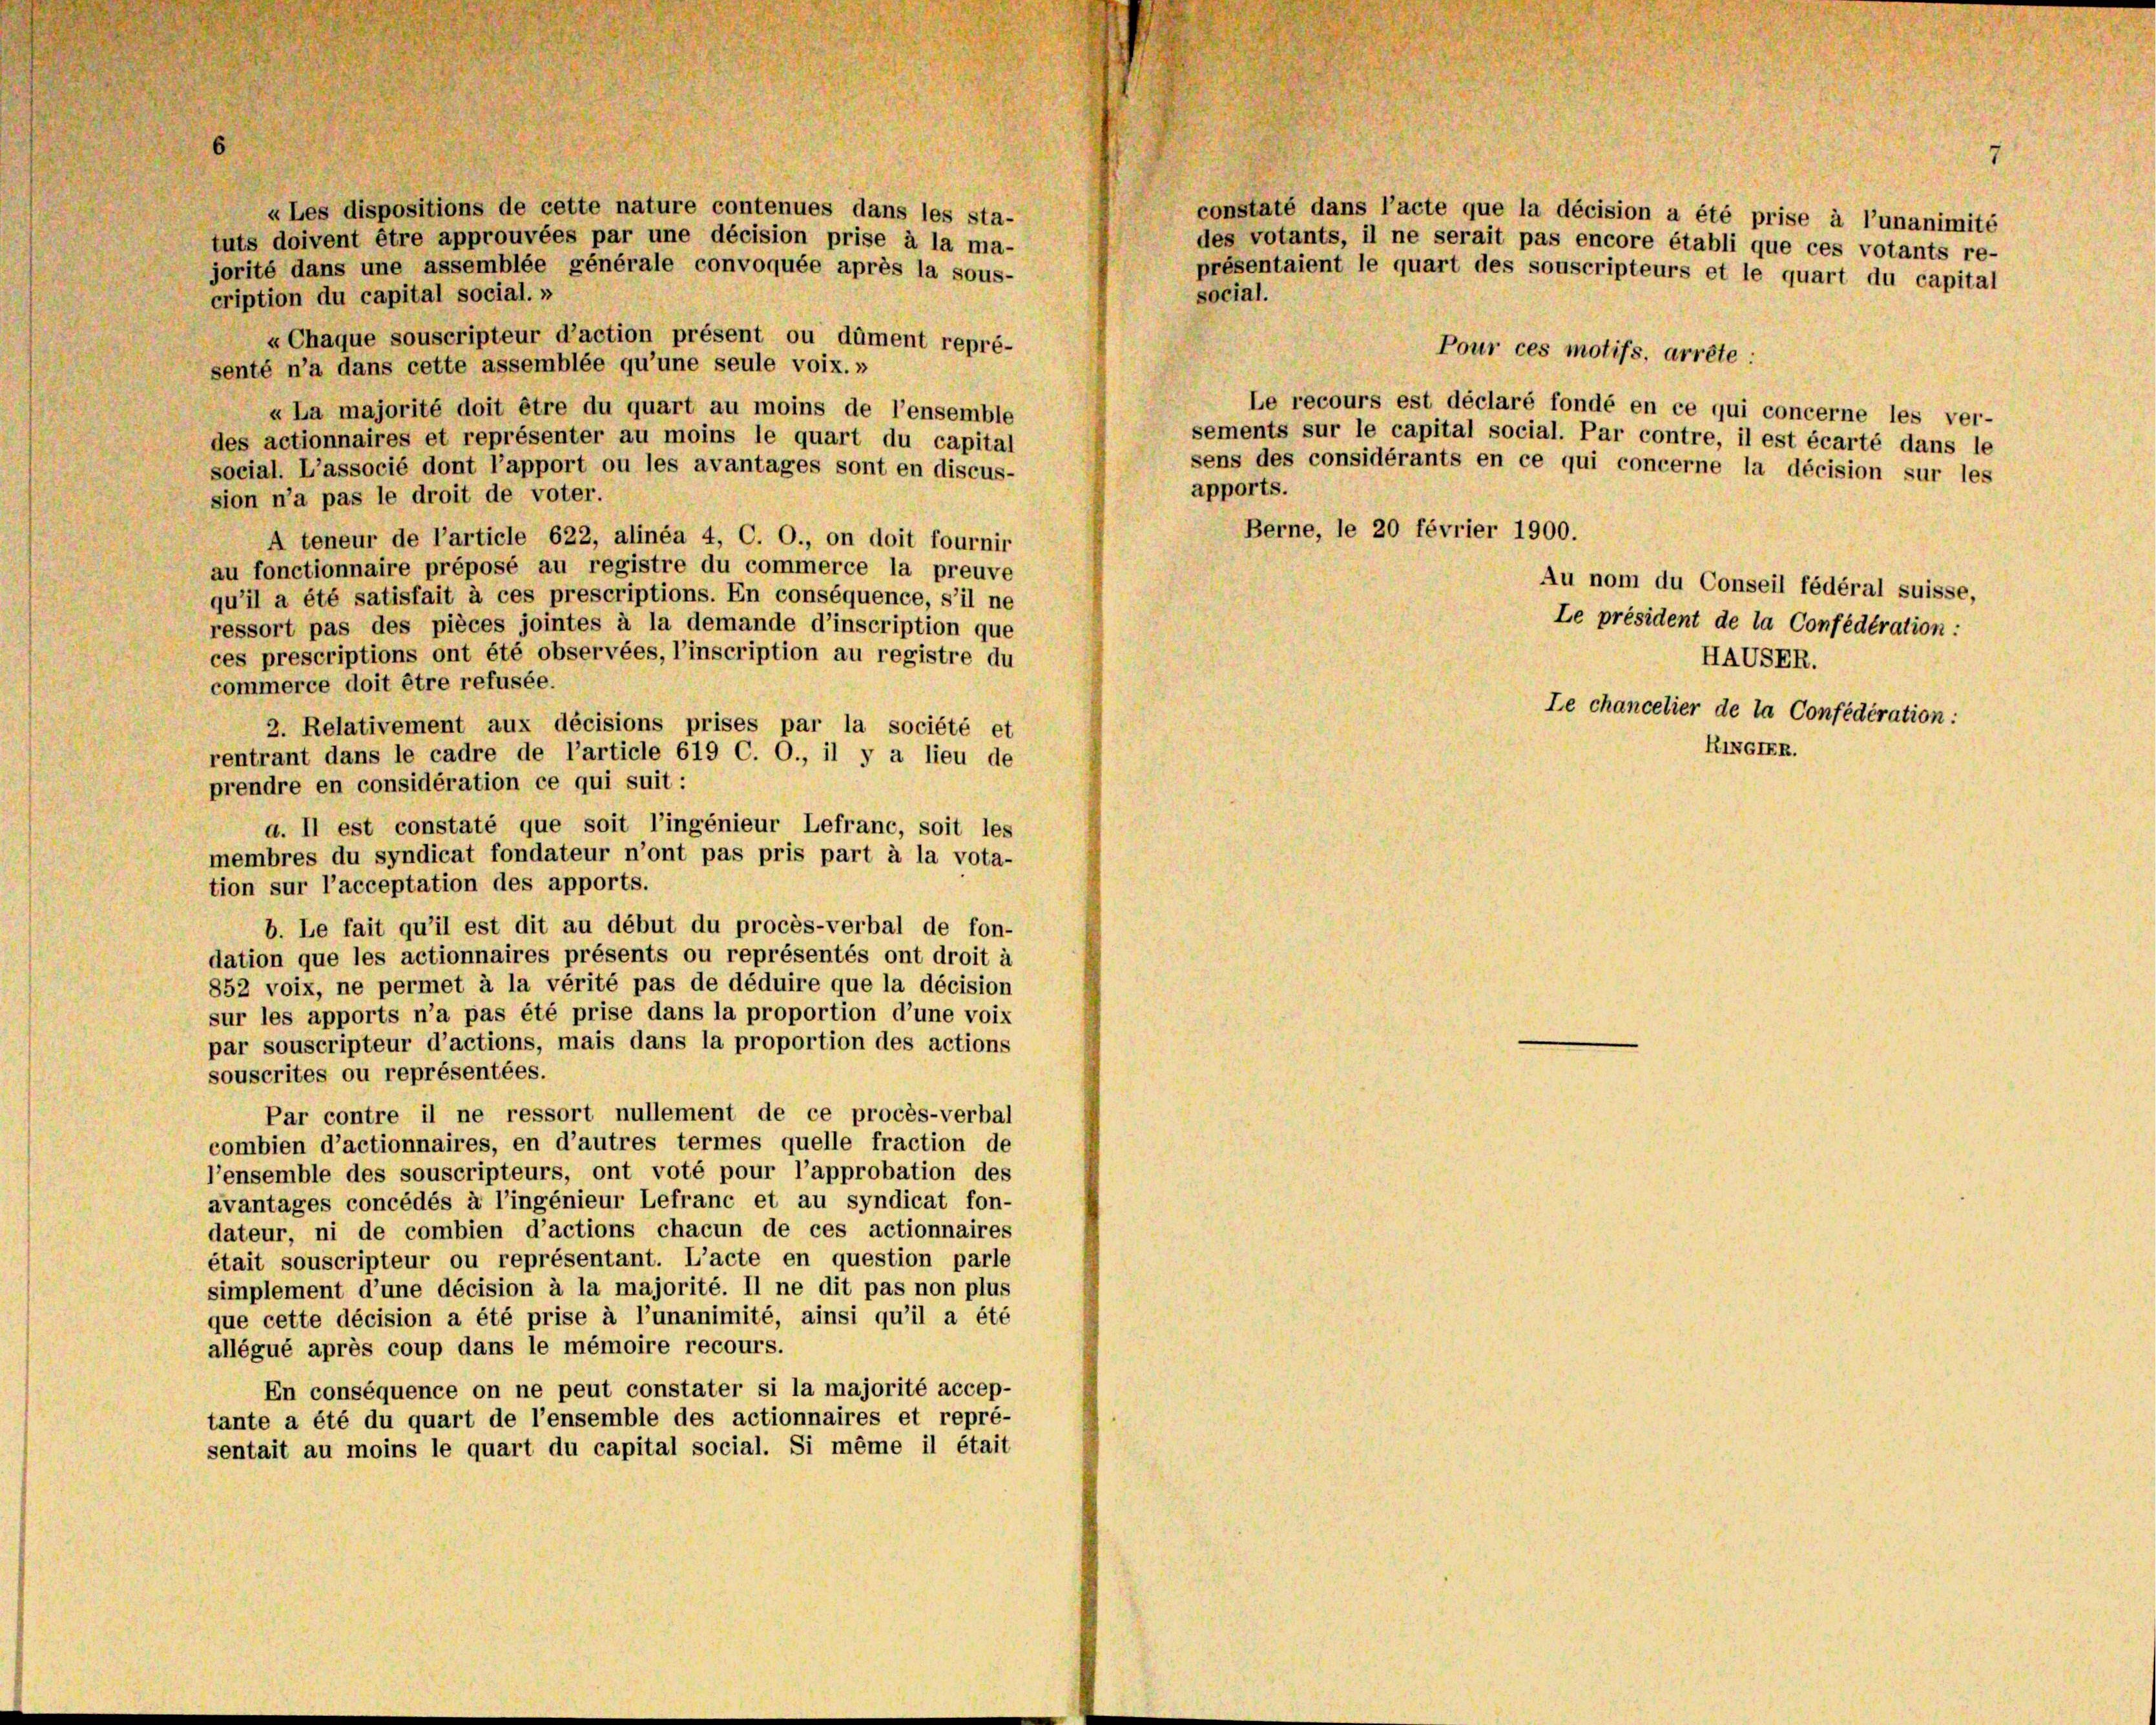
« Les dispositions de cette nature contenues dans les sta-
constaté dans l’acte que la décision a été prise à l’unanimité
tuts doivent être approuvées par une décision prise à la ma-
des votants, il ne serait pas encore établi que ces votants re-
jorité dans une assemblée générale convoquée après la sous-
présentaient le quart des souscripteurs et le quart du capital
social.
cription du capital social. »
«Chaque souscripteur d’action présent ou dûment repré-
Pour ces motifs, arrête :
senté n’a dans cette assemblée qu’une seule voix.»
Le recours est déclaré fondé en ce qui concerne les ver-
« La majorité doit être du quart au moins de l’ensemble
sements sur le capital social. Par contre, il est écarté dans le
des actionnaires et représenter au moins le quart du capital
sens des considérants en ce qui concerne la décision sur les
social. L’associé dont l’apport ou les avantages sont en discus-
apports.
sion n’a pas le droit de voter.
Berne, le 20 février 1900.
A teneur de l’article 622, alinéa 4, C. O., on doit fournir
au fonctionnaire préposé au registre du commerce la preuve
Au nom du Conseil fédéral suisse,
qu’il a été satisfait à ces prescriptions. En conséquence, s’il ne
Le président de la Confédération:
ressort pas des pièces jointes à la demande d’inscription que
ces prescriptions ont été observées, l’inscription au registre du
HAUSER.
commerce doit être refusée.
Le chancelier de la Confédération:
2. Relativement aux décisions prises par la société et
RINGIER.
rentrant dans le cadre de l’article 619 C. O., il y a lieu de
prendre en considération ce qui suit:
a. Il est constaté que soit l’ingénieur Lefranc, soit les
membres du syndicat fondateur n’ont pas pris part à la vota-
tion sur l’acceptation des apports.
b. Le fait qu’il est dit au début du procès-verbal de fon-
dation que les actionnaires présents ou représentés ont droit à
852 voix, ne permet à la vérité pas de déduire que la décision
sur les apports n’a pas été prise dans la proportion d’une voix
par souscripteur d’actions, mais dans la proportion des actions
souscrites ou représentées.
Par contre il ne ressort nullement de ce procès-verbal
combien d’actionnaires, en d’autres termes quelle fraction de
l’ensemble des souscripteurs, ont voté pour l’approbation des
avantages concédés à l’ingénieur Lefranc et au syndicat fon-
dateur, ni de combien d’actions chacun de ces actionnaires
était souscripteur ou représentant. L’acte en question parle
simplement d’une décision à la majorité. Il ne dit pas non plus
que cette décision a été prise à l’unanimité, ainsi qu’il a été
allégué après coup dans le mémoire recours.
En conséquence on ne peut constater si la majorité accep-
tante a été du quart de l’ensemble des actionnaires et repré-
sentait au moins le quart du capital social. Si même il était